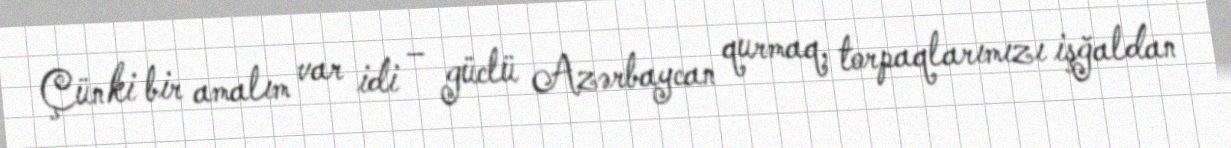
Çünki bir amalım var idi – güclü Azərbaycan qurmaq, torpaqlarımızı işğaldan